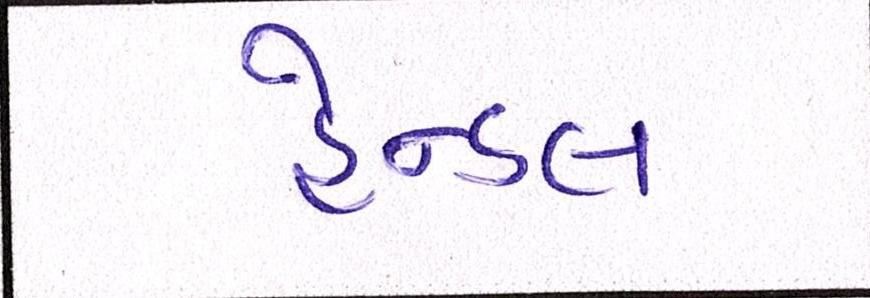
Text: હેન્ડલ